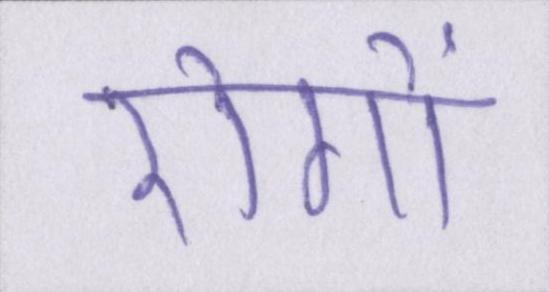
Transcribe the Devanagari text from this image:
रोगों